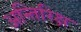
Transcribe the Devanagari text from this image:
अन्तिरिक्ष